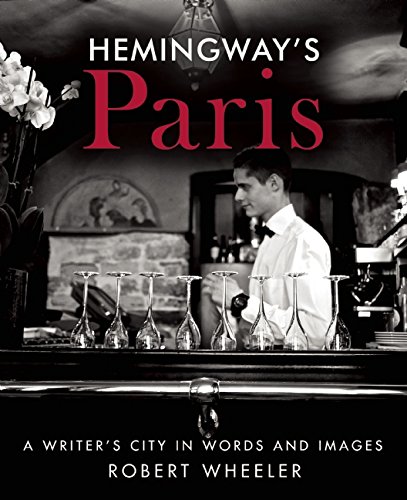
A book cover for Hemingway's Paris: A Writer's City in Words and Images; Robert Wheeler; Travel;